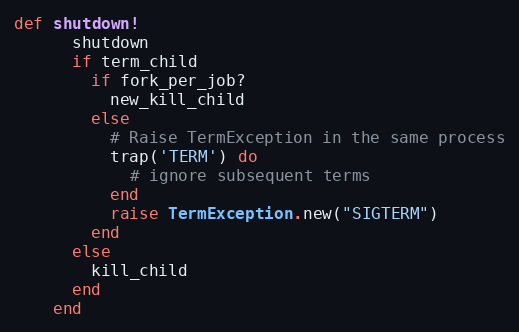
Language: Ruby
def shutdown!
      shutdown
      if term_child
        if fork_per_job?
          new_kill_child
        else
          # Raise TermException in the same process
          trap('TERM') do
            # ignore subsequent terms
          end
          raise TermException.new("SIGTERM")
        end
      else
        kill_child
      end
    end